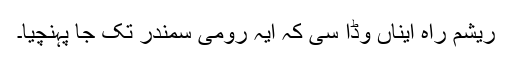
ریشم راہ ایناں وڈا سی کہ ایہ رومی سمندر تک جا پہنچیا۔